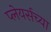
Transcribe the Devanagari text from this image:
प्लेयर्सच्या